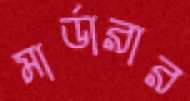
মার্ডারার